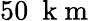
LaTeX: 50~\mathrm{~k~m~}